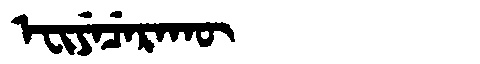
Manchu: ᡝᠸᡳᠶᡝᠴᡝᡵᠠᡴᡡ
Romanization: EFIYECERAKŪ